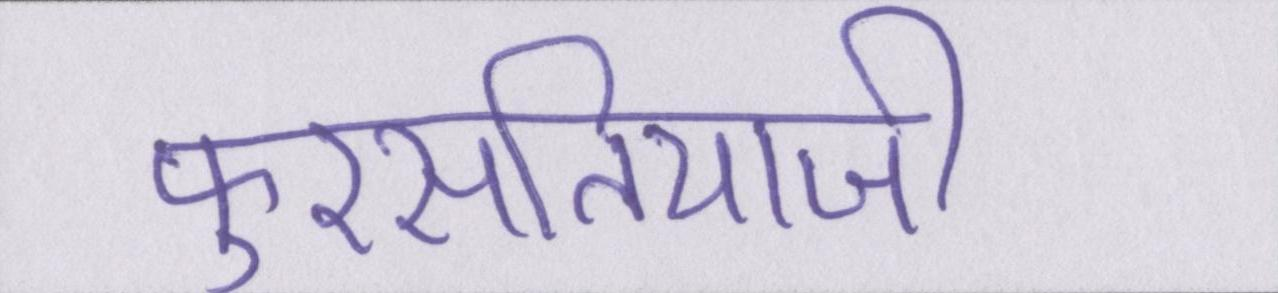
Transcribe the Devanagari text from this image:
फुरसतियाजी